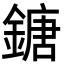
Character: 鎕